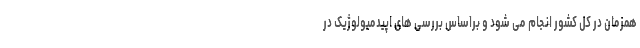
همزمان در کل کشور انجام می شود و براساس بررسی های اپیدمیولوژیک در